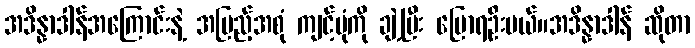
အဒိန္နာဒါန်အကြောင်းနဲ့ အပြည့်အစုံ ကျင့်ပုံကို ချဲ့ပြီး ပြောရဦးမယ်။အဒိန္နာဒါန် ဆိုတာ